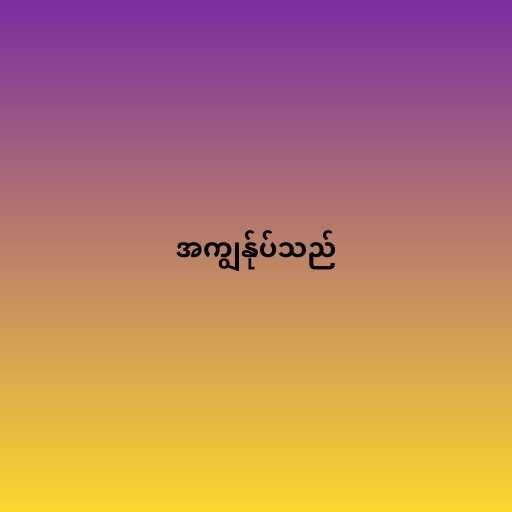
အကျွန်ုပ်သည်